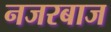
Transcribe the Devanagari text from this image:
नजरबाज